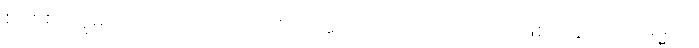
စင်စစ်။ ဣမဿ ပုဂ္ဂလဿ၊ ဤပုဂ္ဂိုလ်အား။ ကုသလာ၊ ကုသိုလ်ဖြစ်ကုန်သော။ ဓမ္မာပိ၊